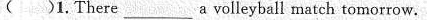
( )1. There ___ a volleyball match tomorrow.